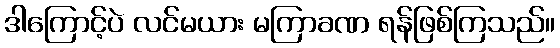
ဒါကြောင့်ပဲ လင်မယား မကြာခဏ ရန်ဖြစ်ကြသည်။